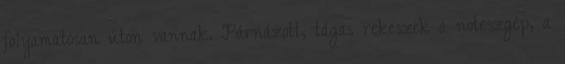
folyamatosan úton vannak. Párnázott, tágas rekeszek a noteszgép, a